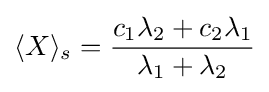
\langle X\rangle _{s}={\frac {c_{1}\lambda _{2}+c_{2}\lambda _{1}}{\lambda _{1}+\lambda _{2}}}